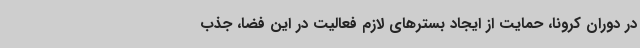
در دوران کرونا، حمایت از ایجاد بسترهای لازم فعالیت در این فضا، جذب